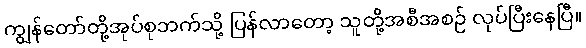
ကျွန်တော်တို့အုပ်စုဘက်သို့ ပြန်လာတော့ သူတို့အစီအစဉ် လုပ်ပြီးနေပြီ။